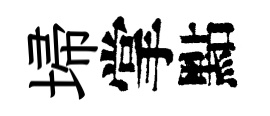
埽掌點